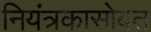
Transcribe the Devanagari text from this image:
नियंत्रकासोबत